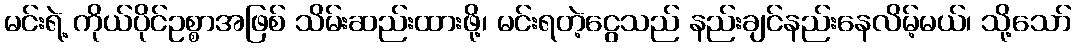
မင်းရဲ့ ကိုယ်ပိုင်ဥစ္စာအဖြစ် သိမ်းဆည်းထားဖို့၊ မင်းရတဲ့ငွေသည် နည်းချင်နည်းနေလိမ့်မယ်၊ သို့သော်